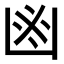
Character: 𠚍